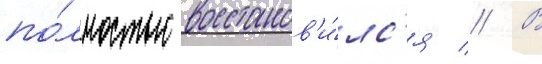
по́лностью восстанов'и́лс'я // В